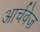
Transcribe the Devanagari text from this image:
आर्चवेज़